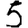
Digit: 5